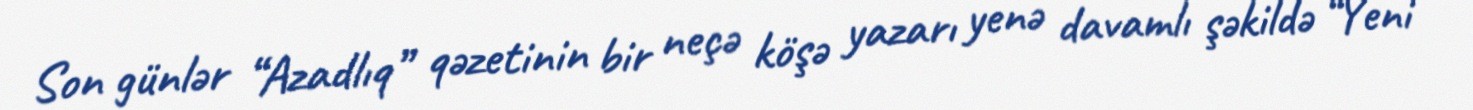
Son günlər “Azadlıq” qəzetinin bir neçə köşə yazarı yenə davamlı şəkildə “Yeni